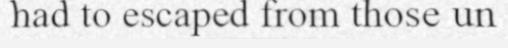
had to escaped from those un